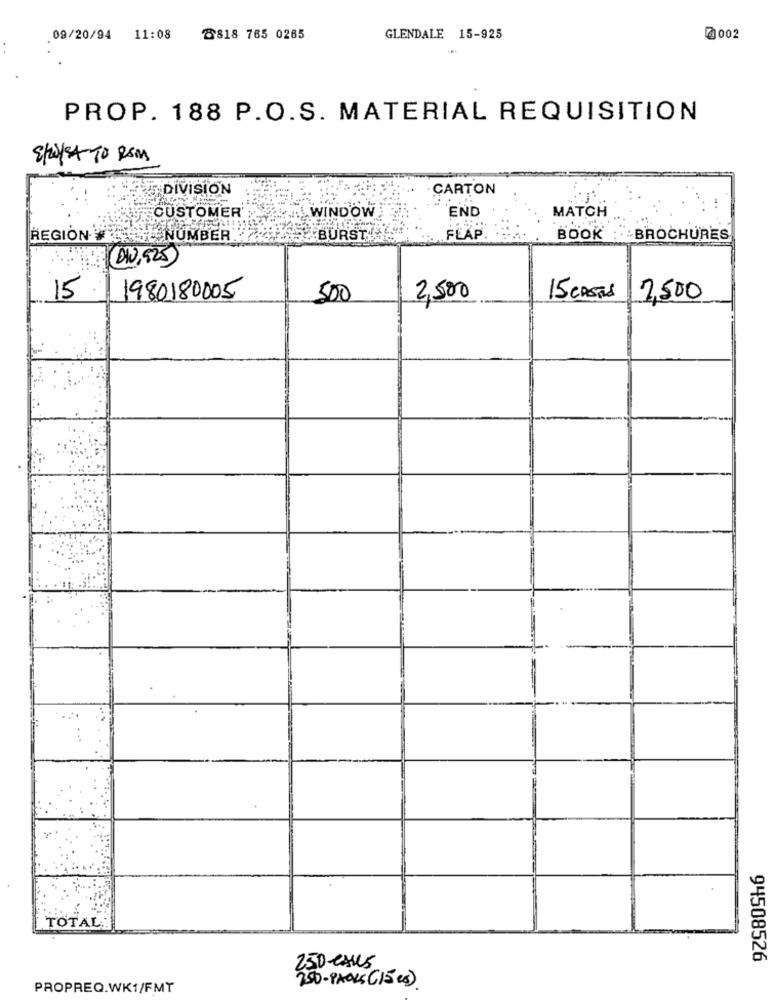
09/20/94 11:08
8818 765 0265
GLENDALE 15-925
0002
PROP. 188 P.O.S. MATERIAL REQUISITION
SWISA TO ROM
DIVISION
CARTON
CUSTOMER'
WINDOW
END
MATCH
REGION
NUMBER
BURST !!
FLAP
BOOK
BROCHURES
(21, 925)
15
1980180005
500
2,500
15 CASES
2.500
TOTAL:
94508526
250-eAUS
PROPREQ.WK1/FMT
250-PAOKS (15 es).